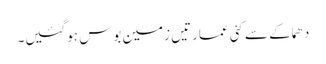
دھماکے سے کئی عمارتیں زمین بوس ہوگئیں۔